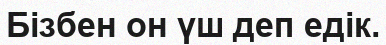
Бізбен он үш деп едік.